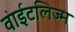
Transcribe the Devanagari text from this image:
वाईटलिज्म